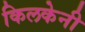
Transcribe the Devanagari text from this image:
किलकेनी